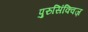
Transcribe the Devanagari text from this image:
पुरुसिंक्विज़